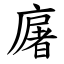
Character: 廜